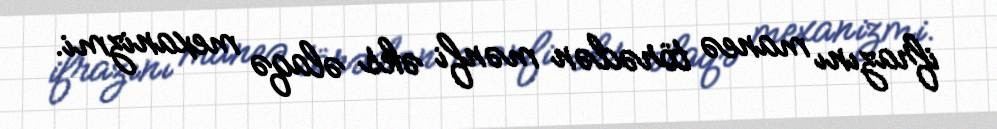
ifrazını maneə törədən mənfi əks əlaqə mexanizmi.